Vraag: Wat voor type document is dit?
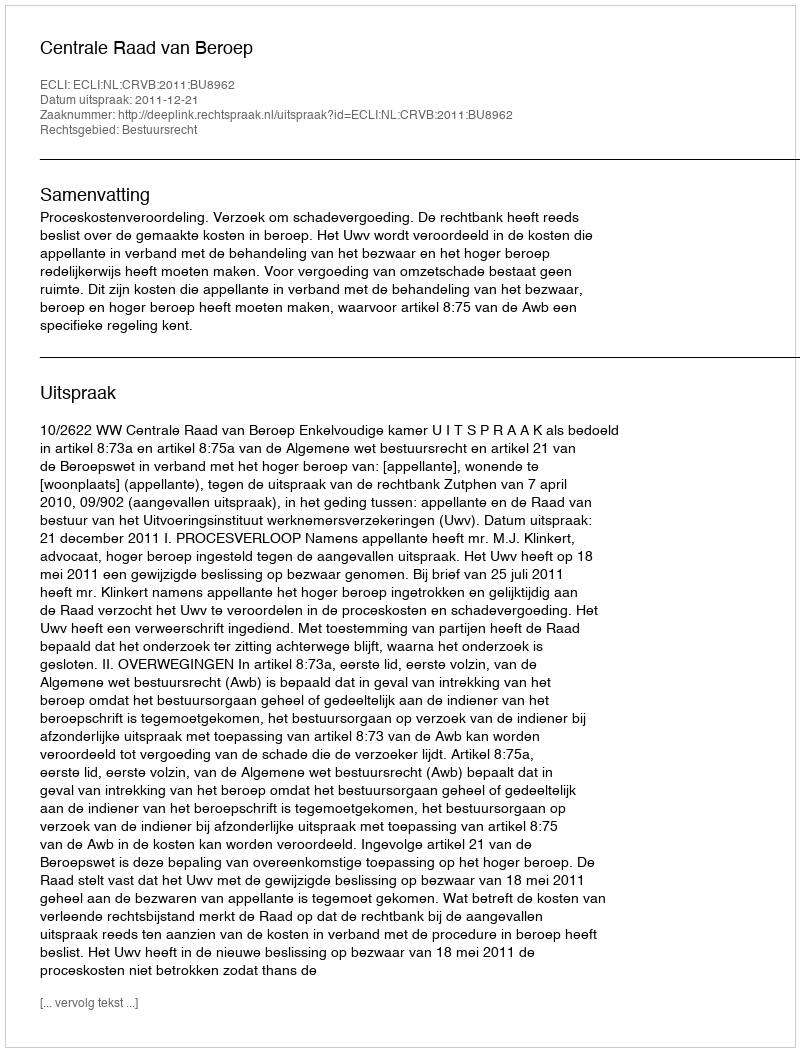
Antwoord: Uitspraak